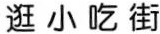
逛小吃街